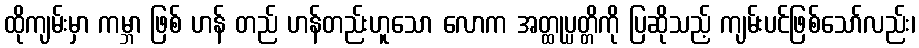
ထိုကျမ်းမှာ ကမ္ဘာ ဖြစ် ဟန် တည် ဟန်တည်းဟူသော လောက အတ္ထုပ္ပတ္တိကို ပြဆိုသည့် ကျမ်းပင်ဖြစ်သော်လည်း၊